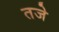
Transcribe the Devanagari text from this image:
तजे